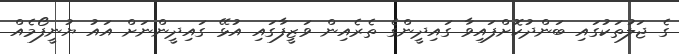
ގެ ޖަލުތަކުގައި ބަންދުކޮށްފައިވާ ގައިދީންގެ ތެރެއިން ވަޒީފާގައި އުޅޭ ގައިދީންނަށް އައު ޔުނީފޯމެއް